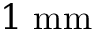
1 ~ \mathrm { m m }